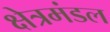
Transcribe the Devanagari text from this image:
क्षेत्रमंडल